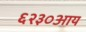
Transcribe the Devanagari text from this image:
६२३०आय